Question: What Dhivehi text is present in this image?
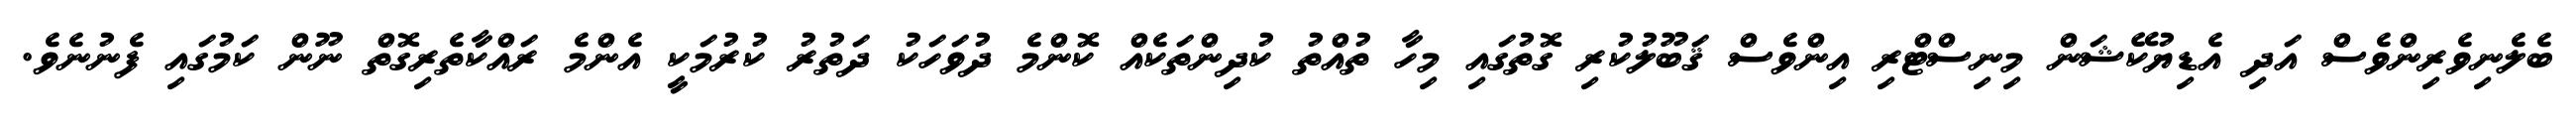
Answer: ބެލެނިވެރިންވެސް އަދި އެޑިޔުކޭޝަން މިނިސްޓްރި އިންވެސް ޤަބޫލުކުރި ގޮތުގައި މިހާ ތުއްތު ކުދިންތަކެއް ކޮންމެ ދުވަހަކު ދަތުރު ކުރުމަކީ އެންމެ ރައްކާތެރިގޮތް ނޫން ކަމުގައި ފެނުނެވެ.